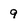
Character: 9